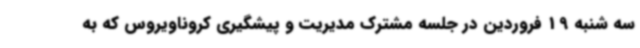
سه شنبه 19 فروردین در جلسه مشترک مدیریت و پیشگیری کروناویروس که به